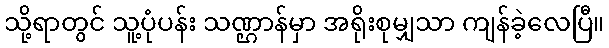
သို့ရာတွင် သူ့ပုံပန်း သဏ္ဌာန်မှာ အရိုးစုမျှသာ ကျန်ခဲ့လေပြီ။